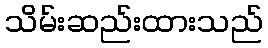
သိမ်းဆည်းထားသည်